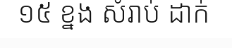
១៥ ខ្នង សំរាប់ ដាក់